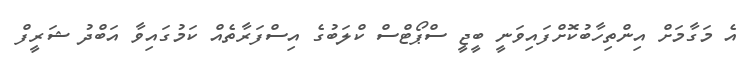
އެ މަގާމަށް އިންތިހާބުކޮށްފައިވަނީ ބީޖީ ސްޕޯޓްސް ކްލަބުގެ އިސްފަރާތެއް ކަމުގައިވާ އަބްދު ޝަރީފް